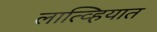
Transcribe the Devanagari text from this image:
लात्व्हियात